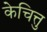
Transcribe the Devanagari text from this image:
केचित्तु